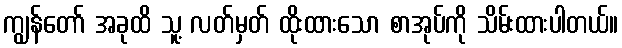
ကျွန်တော် အခုထိ သူ့ လတ်မှတ် ထိုးထားသော စာအုပ်ကို သိမ်းထားပါတယ်။